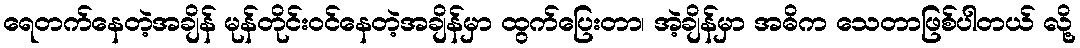
ရေတက်နေတဲ့အချိန် မုန်တိုင်းဝင်နေတဲ့အချိန်မှာ ထွက်ပြေးတာ၊ အဲ့ချိန်မှာ အဓိက သေတာဖြစ်ပါတယ် လို့